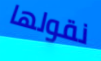
نقولها